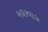
મઘરવાડા